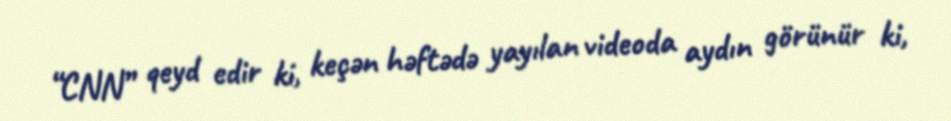
“CNN” qeyd edir ki, keçən həftədə yayılan videoda aydın görünür ki,